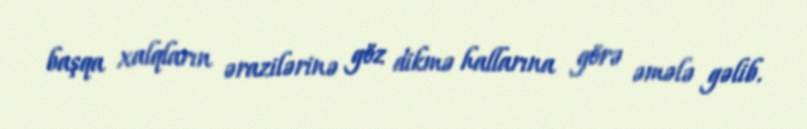
başqa xalqların ərazilərinə göz dikmə hallarına görə əmələ gəlib.